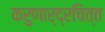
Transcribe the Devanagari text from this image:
करुणार्द्रचित्त